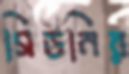
সিডনির